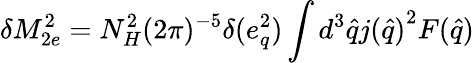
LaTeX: \delta M_{2e}^{2}=N_{H}^{2}(2\pi)^{-5}{\delta(e_{q}^{2})}\int d^{3}{\hat{q}}{j({\hat{q}})}^{2}F({\hat{q}})